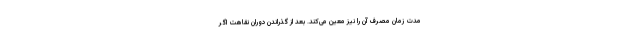
مدت زمان مصرف آن را نیز معین می‌کند. بعد از گذراندن دوران نقاهت اگر